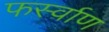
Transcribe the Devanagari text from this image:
फर्स्वाण